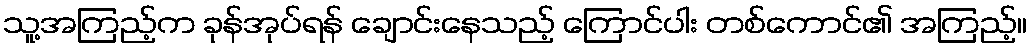
သူ့အကြည့်က ခုန်အုပ်ရန် ချောင်းနေသည့် ကြောင်ပါး တစ်ကောင်၏ အကြည့်။